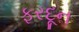
ફરદૂન